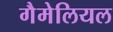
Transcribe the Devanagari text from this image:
गैमेलियल